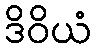
ဒိဝိယံ